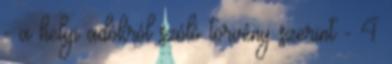
- a helyi adókról szóló törvény szerint - 4